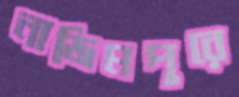
নাজিমপুরে